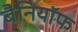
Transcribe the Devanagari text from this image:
बैनियॉफ